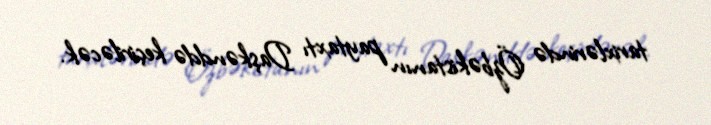
tarixlərində Özbəkistanın paytaxtı Daşkənddə keçiriləcək.